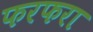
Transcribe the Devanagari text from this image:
फरफरा